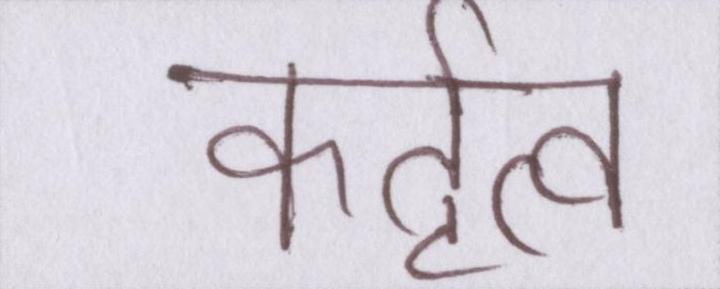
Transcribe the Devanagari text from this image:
कर्तृत्व